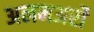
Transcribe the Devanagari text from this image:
अलमअर्रो